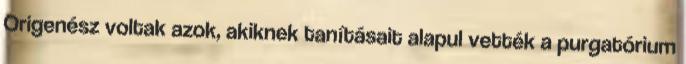
Origenész voltak azok, akiknek tanításait alapul vették a purgatórium